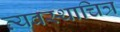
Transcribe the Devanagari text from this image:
व्यवस्थाचित्र